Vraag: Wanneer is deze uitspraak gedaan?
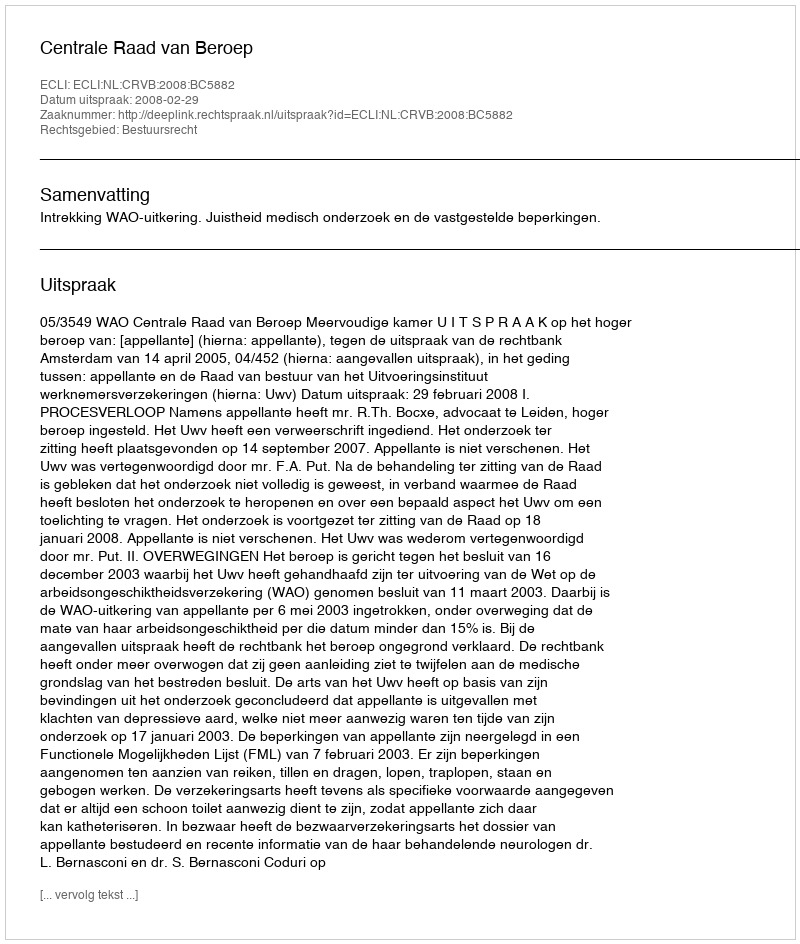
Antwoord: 2008-02-29